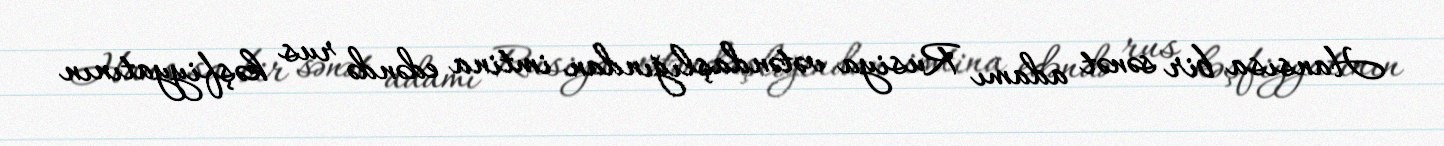
Hansısa bir sənət adamı Rusiya vətəndaşlığından imtina edəndə rus kəşfiyyatının